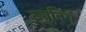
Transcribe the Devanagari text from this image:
ट्युनिंग